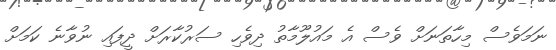
ނަމަވެސް މިހާތަނަށް ވެސް އެ މައުލޫމާތު ދިވެހި ސަރުކާރަށް ދީފައި ނުވާނެ ކަމަށް